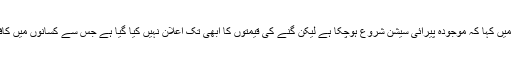
انہوں نے خط میں کہا کہ موجودہ پیرائی سیشن شروع ہوچکا ہے لیکن گنے کی قیمتوں کا ابھی تک اعلان نہیں کیا گیا ہے جس سے کسانوں میں کافی اشتعال ہے۔